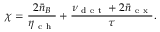
\chi = \frac { 2 \bar { n } _ { B } } { \eta _ { \mathrm { ~ c ~ h ~ } } } + \frac { \nu _ { \mathrm { ~ d ~ e ~ t ~ } } + 2 \bar { n } _ { \mathrm { ~ e ~ x ~ } } } { \tau } .